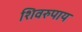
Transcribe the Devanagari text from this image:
शिवरुपाय